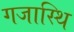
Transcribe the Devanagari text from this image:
गजास्थि